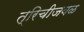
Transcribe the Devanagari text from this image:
त्रिचीजवळ